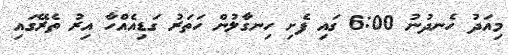
މިއަދު ހެނދުނު 6:00 ގައި ފެށި ހިނގާލުން ހަތަރު ގަޑިއެއްހާ އިރު ތެރޭގައި